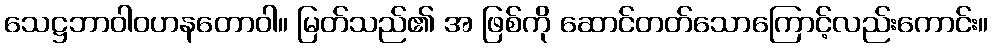
သေဋ္ဌဘာဝါဝဟနတောဝါ။ မြတ်သည်၏ အ ဖြစ်ကို ဆောင်တတ်သောကြောင့်လည်းကောင်း။